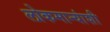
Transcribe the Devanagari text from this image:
लोकमान्यांशी